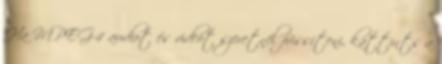
Ha MPEG-4 audiot és videót szeretnél frissíteni, kattints a